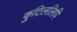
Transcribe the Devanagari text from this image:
कुटिललिपि